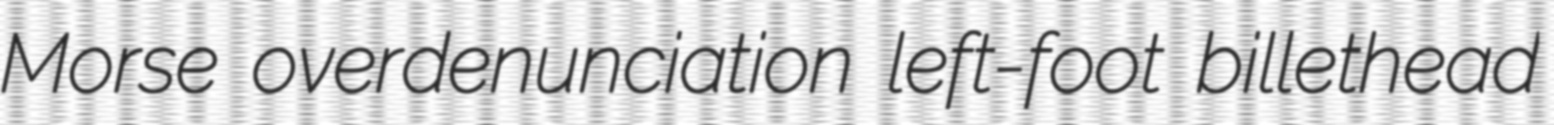
Morse overdenunciation left-foot billethead